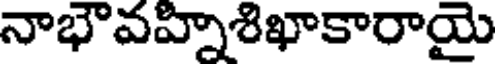
నాభౌవహ్నిశిఖాకారాయై